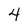
Character: 4